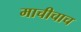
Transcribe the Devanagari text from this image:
माचीचाच